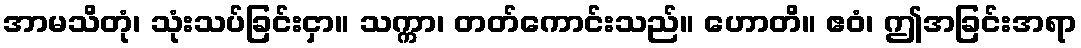
အာမသိတုံ၊ သုံးသပ်ခြင်းငှာ။ သက္ကာ၊ တတ်ကောင်းသည်။ ဟောတိ။ ဧဝံ၊ ဤအခြင်းအရာ